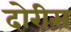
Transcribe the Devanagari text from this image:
दोरीस